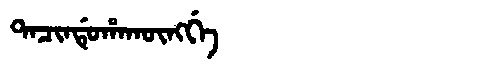
Manchu: ᡨᠠᠴᡳᠨᡩᡠᡥᠠᡴᡡᠩᡤᡝ
Romanization: TACINDUHAKŪNGGE